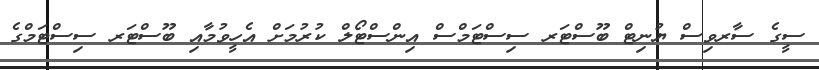
ސީގެ ސާރވިސް ޔުނިޓް ބޫސްޓަރ ސިސްޓަމްސް އިންސްޓޯލް ކުރުމަށް އެހީވުމާއި ބޫސްޓަރ ސިސްޓަމްގެ